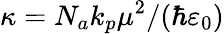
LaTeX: \kappa=N_{a}k_{p}\mu^{2}/(\hbar\varepsilon_{0})